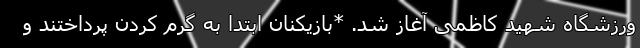
ورزشگاه شهید کاظمی آغاز شد. *بازیکنان ابتدا به گرم کردن پرداختند و